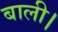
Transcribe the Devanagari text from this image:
बाली।